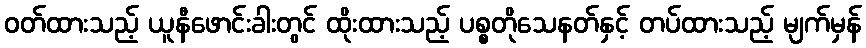
ဝတ်ထားသည့် ယူနီဖောင်းခါးတွင် ထိုးထားသည့် ပစ္စတိုသေနတ်နှင့် တပ်ထားသည့် မျက်မှန်